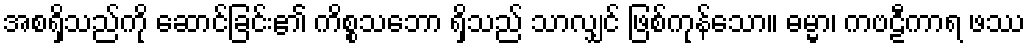
အစရှိသည်ကို ဆောင်ခြင်း၏ ကိစ္စသဘော ရှိသည် သာလျှင် ဖြစ်ကုန်သော။ ဓမ္မာ၊ ကဗဠီကာရ ဖဿ